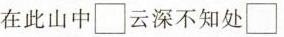
在此山中□云深不知处□